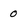
Character: 0